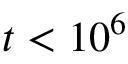
t < 1 0 ^ { 6 }